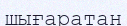
шығаратан